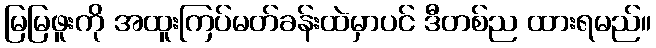
မြမြဖူးကို အထူးကြပ်မတ်ခန်းထဲမှာပင် ဒီတစ်ည ထားရမည်။